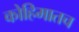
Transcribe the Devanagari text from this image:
कोहिमातच